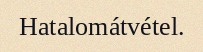
Hatalomátvétel.